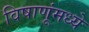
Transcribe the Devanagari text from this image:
विषाणूंमध्ये